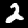
Digit: 2